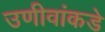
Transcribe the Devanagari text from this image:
उणीवांकडे